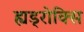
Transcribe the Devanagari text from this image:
ह्यड्रोक्सि